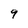
Character: 9